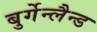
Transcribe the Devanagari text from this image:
बुर्गेन्लैन्ड